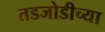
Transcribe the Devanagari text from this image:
तडजोडीच्या